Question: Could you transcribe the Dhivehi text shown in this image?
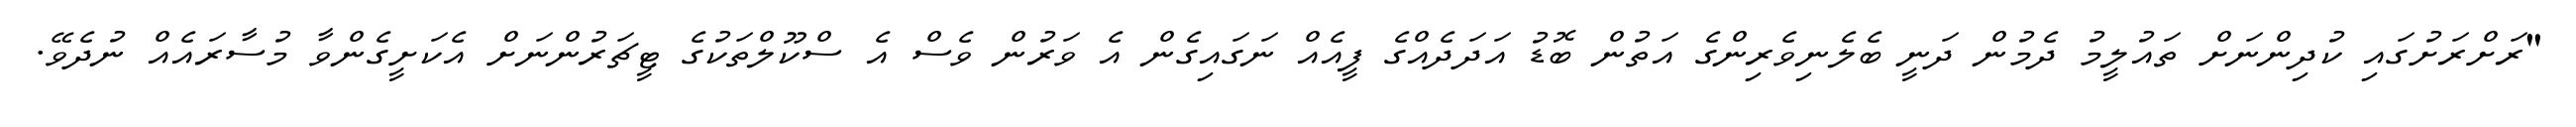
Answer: "ރަށްރަށުގައި ކުދިންނަށް ތައުލީމު ދެމުން ދަނީ ބެލެނިވެރިންގެ އަތުން ބޮޑު އަދަދެއްގެ ފީއެއް ނަގައިގެން އެ ވަރުން ވެސް އެ ސްކޫލްތަކުގެ ޓީޗަރުންނަށް އެކަށީގެންވާ މުސާރައެއް ނުދެވޭ.